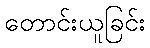
တောင်းယူခြင်း